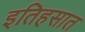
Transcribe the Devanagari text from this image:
इतिहसात